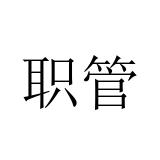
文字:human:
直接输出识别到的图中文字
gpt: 职管